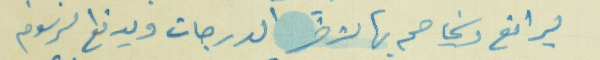
ليرافع ويخاصم بها لاخر الدرجات ويدفع الرسوم